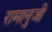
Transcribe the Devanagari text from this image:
रामानुजी